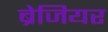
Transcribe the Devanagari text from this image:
ब्रेजियर